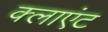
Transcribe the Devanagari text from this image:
क्‍लाएंट